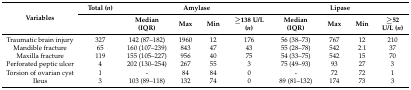
| <ROWSPAN=2> Variables | Total (n) | <COLSPAN=4> Amylase | <COLSPAN=4> Lipase |
 |  | Median (IQR) | Max | Min | ≥138 U/L (n) | Median (IQR) | Max | Min | ≥52 U/L (n) |
 | --- | --- | --- | --- | --- | --- | --- | --- | --- | --- |
 | Traumatic brain injury | 327 | 142 (87–182) | 1960 | 12 | 176 | 56 (38–73) | 767 | 12 | 210 |
 | Mandible fracture | 65 | 160 (107–239) | 843 | 47 | 43 | 55 (28–78) | 542 | 2.1 | 37 |
 | Maxilla fracture | 119 | 155 (105–227) | 956 | 40 | 75 | 54 (33–75) | 542 | 15 | 70 |
 | Perforated peptic ulcer | 4 | 202 (130–254) | 267 | 55 | 3 | 75 (49–93) | 93 | 27 | 3 |
 | Torsion of ovarian cyst | 1 | - | 84 | 84 | 0 | - | 72 | 72 | 1 |
 | Ileus | 3 | 103 (89–118) | 132 | 74 | 0 | 89 (81–132) | 174 | 73 | 3 |